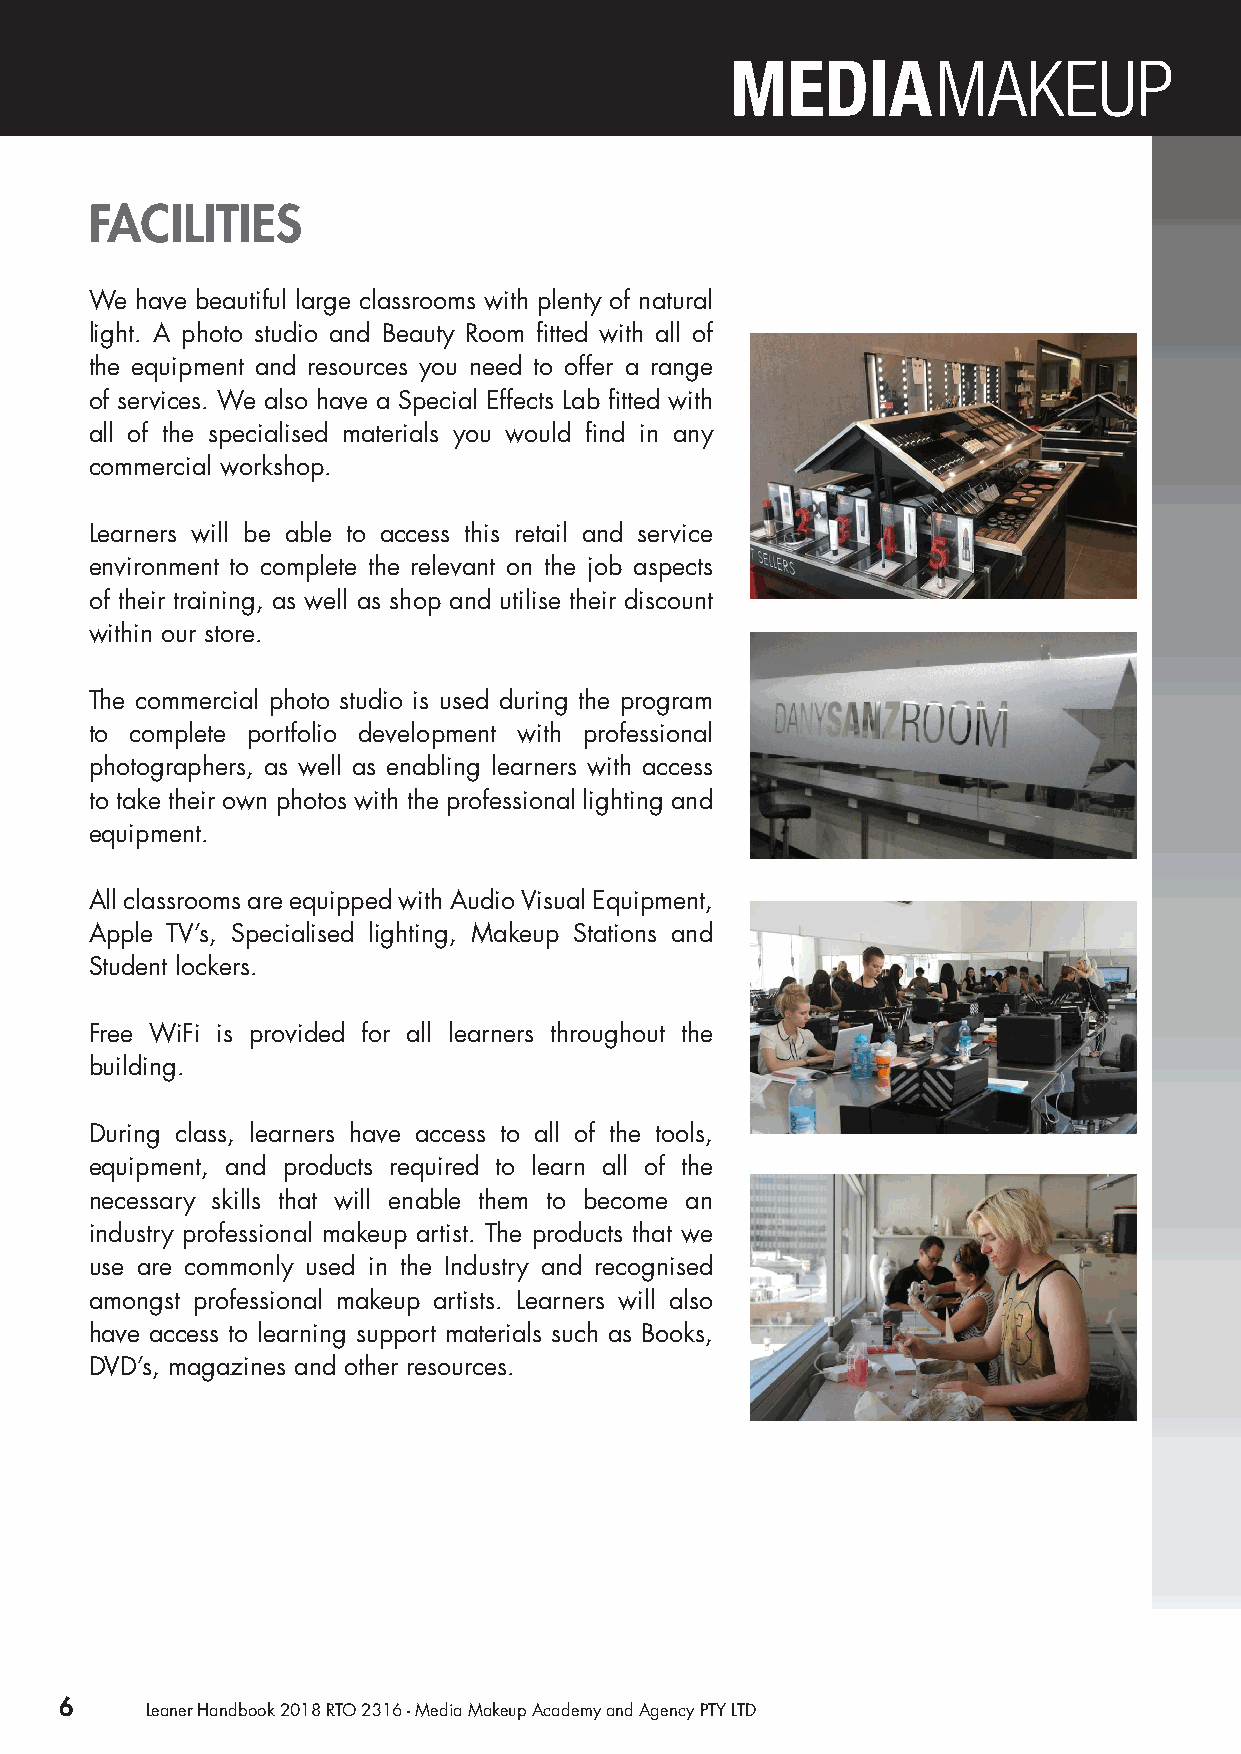
FACILITIES
 We have beautiful large classrooms with plenty of natural
 light. A photo studio and Beauty Room fitted with all of
 the equipment and resources you need to offer a range
 of services. We also have a Special Effects Lab fitted with
 all of the specialised materials you would find in any
 commercial workshop.
 Learners will be able to access this retail and service
 environment to complete the relevant on the job aspects
 of their training, as well as shop and utilise their discount
 within our store.
 The commercial photo studio is used during the program
 to complete portfolio development with professional
 photographers, as well as enabling learners with access
 to take their own photos with the professional lighting and
 equipment.
 All classrooms are equipped with Audio Visual Equipment,
 Apple TV’s, Specialised lighting, Makeup Stations and
 Student lockers.
 Free WiFi is provided for all learners throughout the
 building.
 During class, learners have access to all of the tools,
 equipment, and products required to learn all of the
 necessary skills that will enable them to become an
 industry professional makeup artist. The products that we
 use are commonly used in the Industry and recognised
 amongst professional makeup artists. Learners will also
 have access to learning support materials such as Books,
 DVD’s, magazines and other resources.
 6     Leaner Handbook 2018 RTO 2316 - Media Makeup Academy and Agency PTY LTD